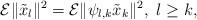
LaTeX: \begin{align*}\mathcal{E}\|\tilde{x}_l\|^2=\mathcal{E}\|\psi_{l,k}\tilde{x}_k\|^2, \ l\ge k,\end{align*}